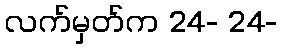
လက်မှတ်က 24- 24-